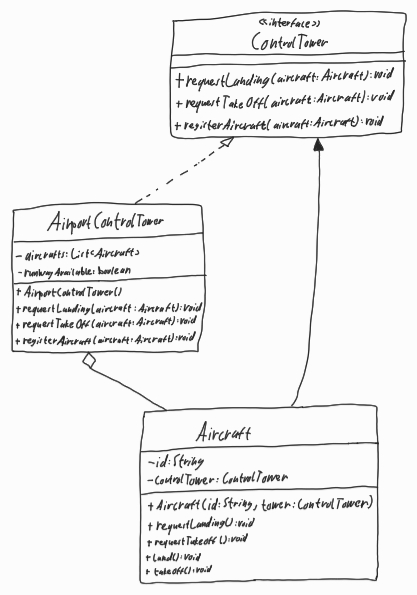
Diagram type: class_diagram
```plantuml
@startuml

interface ControlTower {
  + requestLanding(aircraft: Aircraft): void
  + requestTakeOff(aircraft: Aircraft): void
  + registerAircraft(aircraft: Aircraft): void
}

class AirportControlTower implements ControlTower {
  - aircrafts: List<Aircraft>
  - runWayAvailable: boolean
  + AirportControlTower()
  + requestLanding(aircraft: Aircraft): void
  + requestTakeOff(aircraft: Aircraft): void
  + registerAircraft(aircraft: Aircraft): void
}

class Aircraft {
  - id: String
  - controlTower: ControlTower
  + Aircraft(id: String, tower: ControlTower)
  + requestLanding(): void
  + requestTakeOff(): void
  + land(): void
  + takeoff(): void
}

AirportControlTower o-- Aircraft
ControlTower <-- Aircraft

@enduml
```